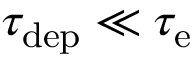
\tau _ { \mathrm { d e p } } \ll \tau _ { \mathrm { e } }